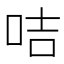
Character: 咭